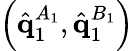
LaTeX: \left(\hat{\mathbf{q}}_{1}^{A_{1}},\hat{\mathbf{q}}_{1}^{B_{1}}\right)